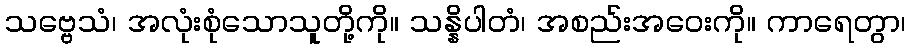
သဗ္ဗေသံ၊ အလုံးစုံသောသူတို့ကို။ သန္နိပါတံ၊ အစည်းအဝေးကို။ ကာရေတွာ၊